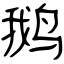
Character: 鹅